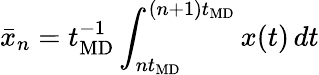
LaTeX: \bar{x}_{n}=t_{\mathrm{MD}}^{-1}\int_{nt_{\mathrm{MD}}}^{(n+1)t_{\mathrm{MD}}}x(t)\, dt